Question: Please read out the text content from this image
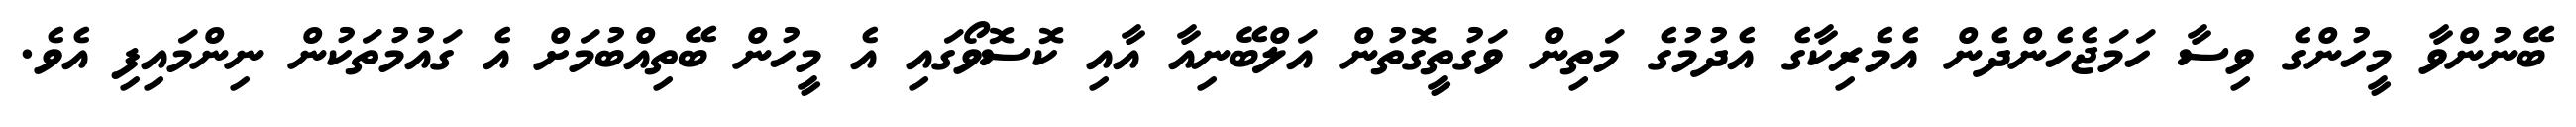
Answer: ބޭނުންވާ މީހުންގެ ވިސާ ހަމަޖެހެންދެން އެމެރިކާގެ އެދުމުގެ މަތިން ވަގުތީގޮތުން އަލްބޭނިއާ އާއި ކޮސޮވޯގައި އެ މީހުން ބޭތިއްބުމަށް އެ ގައުމުތަކުން ނިންމައިފި އެވެ.